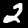
Digit: 2